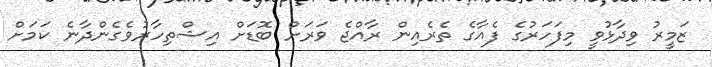
ޒަމީރު ވިދާޅުވީ މިފަހަރުގެ ފެއާގެ ތެރެއިން ރާއްޖެ ވަރަށް ބޮޑަށް އިޝްތިހާރުވެގެންދާނެ ކަމަށް